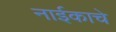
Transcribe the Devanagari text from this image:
नाईकाचे